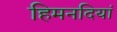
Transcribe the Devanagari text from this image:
हिमनदियां